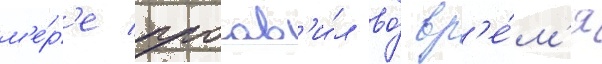
м'е́р'е проав'и́л во́ вр'е́м'я